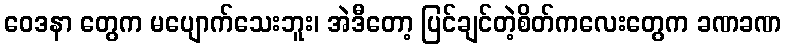
ဝေဒနာ တွေက မပျောက်သေးဘူး၊ အဲဒီတော့ ပြင်ချင်တဲ့စိတ်ကလေးတွေက ခဏခဏ